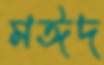
মঈদ